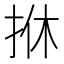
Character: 𢫩